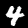
Label: 4